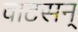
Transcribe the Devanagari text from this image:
वाटसन्